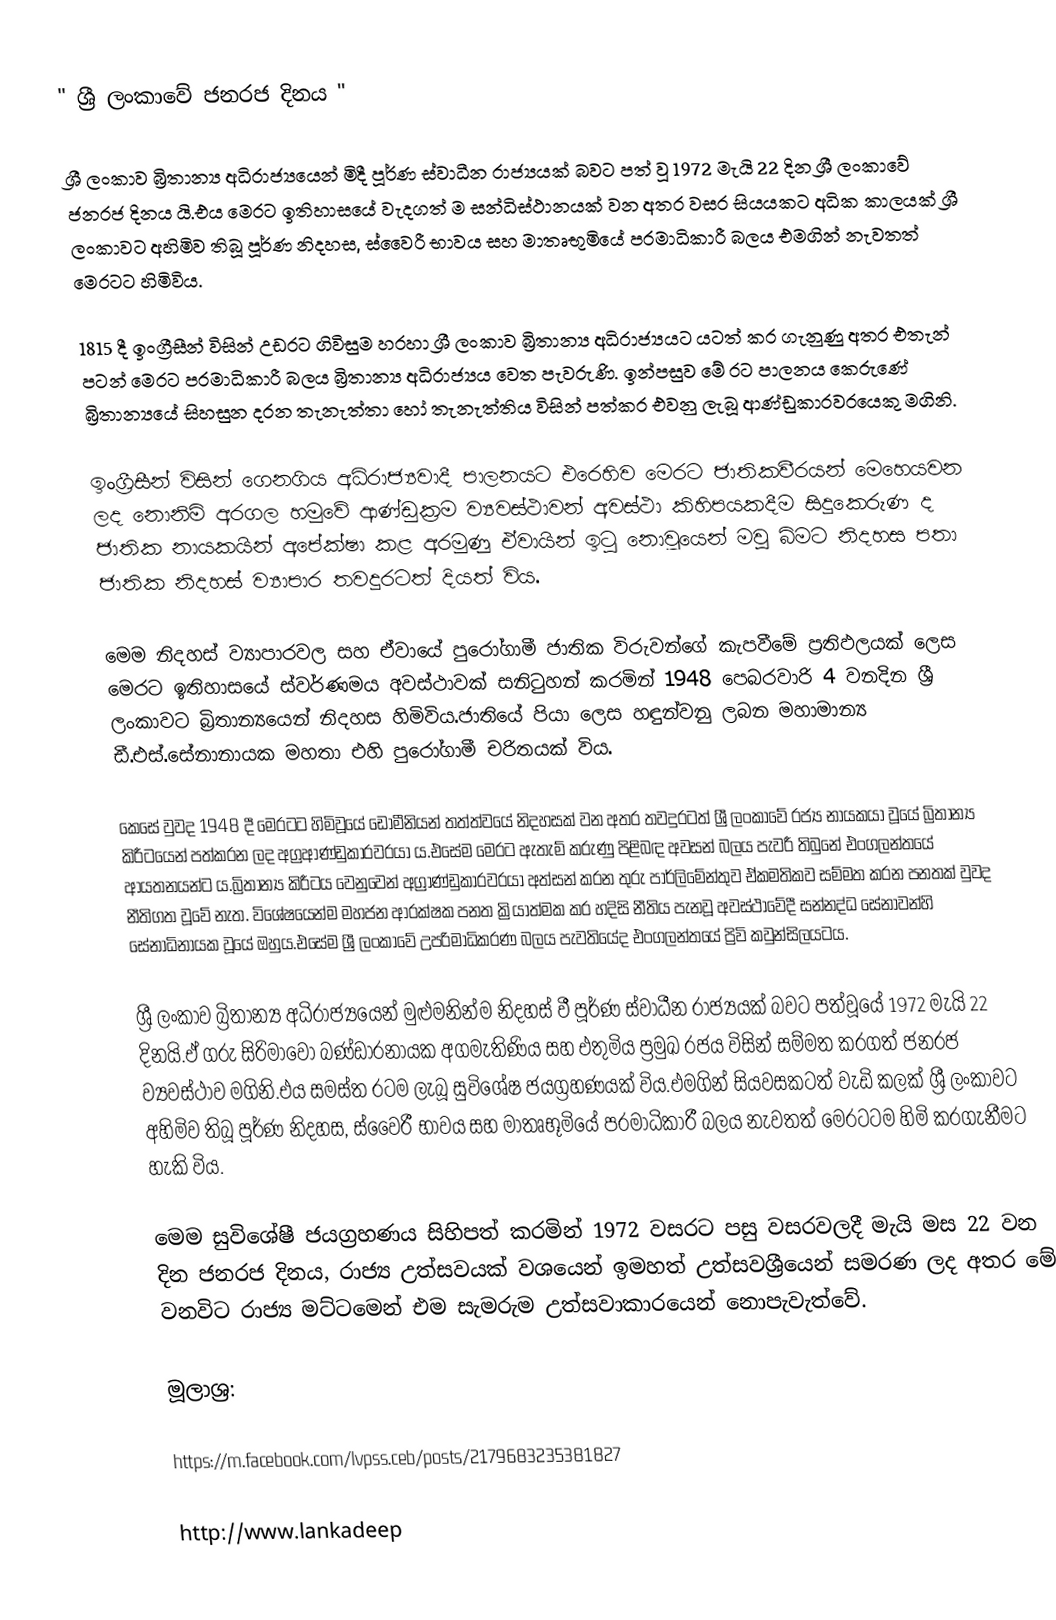
" ශ්‍රී ලංකාවේ ජනරජ දිනය "

ශ්‍රී ලංකාව බ්‍රිතාන්‍ය අධිරාජ්‍යයෙන් මිදී පූර්ණ ස්වාධීන රාජ්‍යයක් බවට පත් වූ 1972 මැයි 22 දින ශ්‍රී ලංකාවේ ජනරජ දිනය යි.එය මෙරට ඉතිහාසයේ වැදගත් ම සන්ධිස්ථානයක් වන අතර වසර සියයකට අධික කාලයක් ශ්‍රී ලංකාවට අහිමිව තිබූ පූර්ණ නිදහස, ස්වෛරී භාවය සහ මාතෘභූමියේ පරමාධිකාරී බලය එමගින් නැවතත් මෙරටට හිමිවිය.

1815 දී ඉංග්‍රීසීන් විසින් උඩරට ගිවිසුම හරහා ශ්‍රී ලංකාව බ්‍රිතාන්‍ය අධිරාජ්‍යයට යටත් කර ගැනුණු අතර එතැන් පටන් මෙරට පරමාධිකාරී බලය බ්‍රිතාන්‍ය අධිරාජ්‍යය වෙත පැවරුණි. ඉන්පසුව මේ රට පාලනය කෙරුණේ බ්‍රිතාන්‍යයේ සිහසුන දරන තැනැත්තා හෝ තැනැත්තිය විසින් පත්කර එවනු ලැබූ ආණ්ඩුකාරවරයෙකු මගිනි.

ඉංග්‍රීසීන් විසින් ගෙනගිය අධිරාජ්‍යවාදී පාලනයට එරෙහිව මෙරට ජාතිකවීරයන් මෙහෙයවන ලද නොනිමි අරගල හමුවේ ආණ්ඩුක්‍රම ව්‍යවස්ථාවන් අවස්ථා කිහිපයකදීම සිදුකෙරුණ ද ජාතික නායකයින් අපේක්ෂා කළ අරමුණු ඒවායින් ඉටු නොවූයෙන් මවු බිමට නිදහස පතා ජාතික නිදහස් ව්‍යාපාර තවදුරටත් දියත් විය.

මෙම නිදහස් ව්‍යාපාරවල සහ ඒවායේ පුරෝගාමී ජාතික විරුවන්ගේ කැපවීමේ ප්‍රතිඵලයක් ලෙස මෙරට ඉතිහාසයේ ස්වර්ණමය අවස්ථාවක් සනිටුහන් කරමින් 1948 පෙබරවාරි 4 වනදින ශ්‍රී ලංකාවට බ්‍රිතාන්‍යයෙන් නිදහස හිමිවිය.ජාතියේ පියා ලෙස හඳුන්වනු ලබන මහාමාන්‍ය ඩී.එස්.සේනානායක මහතා එහි පුරෝගාමී චරිතයක් විය.

කෙසේ වුවද 1948 දී මෙරටට හිමිවූයේ ඩොමීනියන් තත්ත්වයේ නිදහසක් වන අතර තවදුරටත් ශ්‍රී ලංකාවේ රජ්‍ය නායකයා වූයේ බ්‍රිතාන්‍ය කිරීටයෙන් පත්කරන ලද අග්‍රආණ්ඩුකාරවරයා ය.එසේම මෙරට ඇතැම් කරුණු පිළිබඳ අවසන් බලය පැවරී තිබුනේ එංගලන්තයේ ආයතනයන්ට ය.බ්‍රිතාන්‍ය කිරීටය වෙනුවෙන් අග්‍රාණ්ඩුකාරවරයා අත්සන් කරන තුරු පාර්ලිමේන්තුව ඒකමතිකව සම්මත කරන පනතක් වුවද නීතිගත වූවේ නැත. විශේෂයෙන්ම මහජන ආරක්ෂක පනත ක්‍රියාත්මක කර හදිසි නීතිය පැනවූ අවස්ථාවේදී සන්නද්ධ සේනාවන්හි සේනාධිනායක වූයේ ඔහුය.එසේම ශ්‍රී ලංකාවේ උපරිමාධිකරණ බලය පැවතියේද එංගලන්තයේ ප්‍රිවි කවුන්සිලයටය.

ශ්‍රී ලංකාව බ්‍රිතාන්‍ය අධිරාජ්‍යයෙන් මුළුමනින්ම නිදහස් වී පූර්ණ ස්වාධීන රාජ්‍යයක් බවට පත්වූයේ 1972 මැයි 22 දිනයි.ඒ ගරු සිරිමාවෝ බණ්ඩාරනායක අගමැතිණිය සහ එතුමිය ප්‍රමුඛ රජය විසින් සම්මත කරගත් ජනරජ ව්‍යවස්ථාව මගිනි.එය සමස්ත රටම ලැබූ සුවිශේෂ ජයග්‍රහණයක් විය.එමගින් සියවසකටත් වැඩි කලක් ශ්‍රී ලංකාවට අහිමිව තිබූ පූර්ණ නිදහස, ස්වෛරී භාවය සහ මාතෘභූමියේ පරමාධිකාරී බලය නැවතත් මෙරටටම හිමි කරගැනීමට හැකි විය.

මෙම සුවිශේෂී ජයග්‍රහණය සිහිපත් කරමින් 1972 වසරට පසු වසරවලදී මැයි මස 22 වන දින ජනරජ දිනය, රාජ්‍ය උත්සවයක් වශයෙන් ඉමහත් උත්සවශ්‍රීයෙන් සමරණ ලද අතර මේ වනවිට රාජ්‍ය මට්ටමෙන් එම සැමරුම උත්සවාකාරයෙන් නොපැවැත්වේ.

මූලාශ්‍ර:

https://m.facebook.com/lvpss.ceb/posts/2179683235381827

http://www.lankadeep